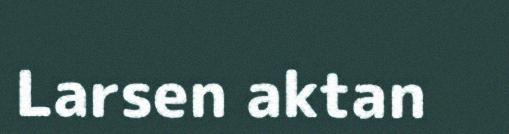
Larsen aktan